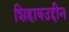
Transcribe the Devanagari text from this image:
शिहाबउद्दीन